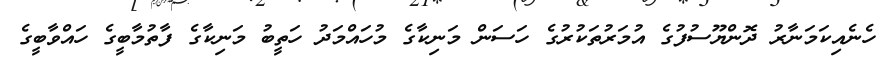
ހެނެއިކަމަނާރު ދޮންޔޫސުފުގެ އުމަރުތަކުރުގެ ހަސަން މަނިކާގެ މުހައްމަދު ހަތީބު މަނިކާގެ ފާތުމާބީގެ ހައްވާބީގެ